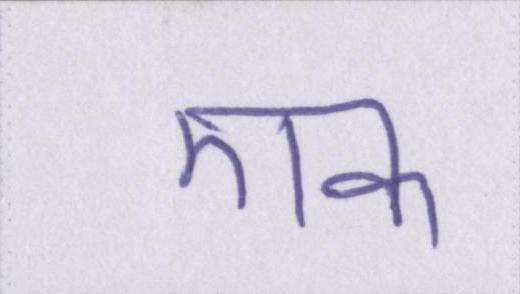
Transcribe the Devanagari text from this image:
एक